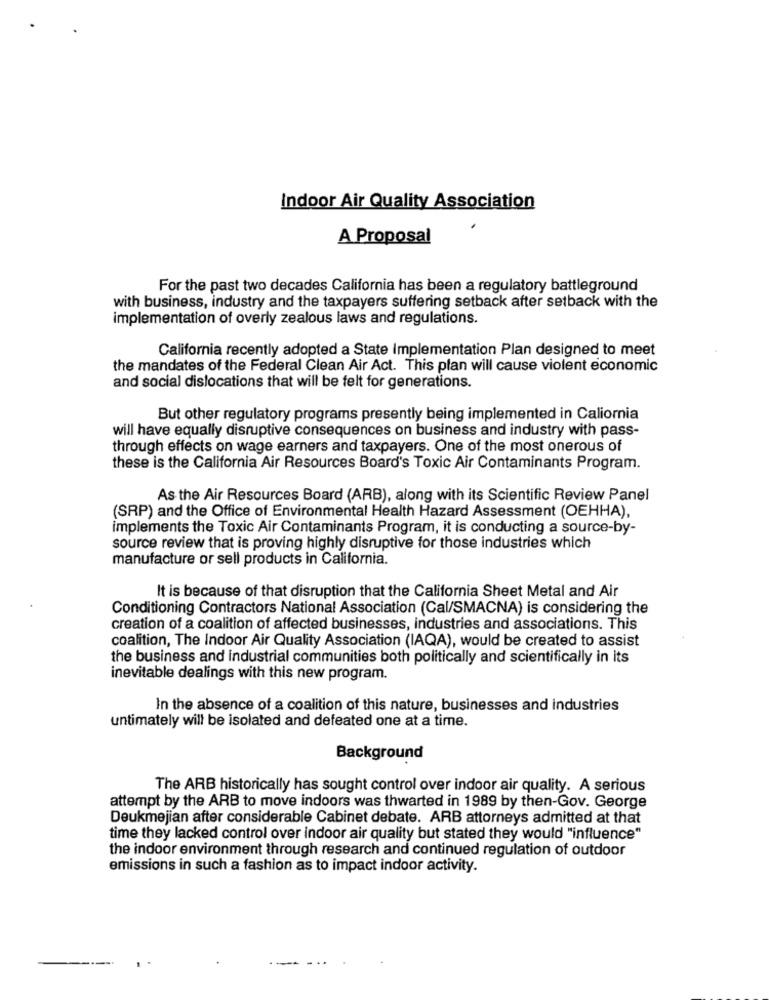
Indoor Air Quality Association
A Proposal
For the past two decades California has been a regulatory battleground
with business, industry and the taxpayers suffering setback after setback with the
implementation of overly zealous laws and regulations.
California recently adopted a State Implementation Plan designed to meet
the mandates of the Federal Clean Air Act. This plan will cause violent economic
and social dislocations that will be felt for generations.
But other regulatory programs presently being implemented in Caliornia
will have equally disruptive consequences on business and industry with pass-
through effects on wage earners and taxpayers. One of the most onerous of
these is the California Air Resources Board's Toxic Air Contaminants Program.
As the Air Resources Board (ARB), along with its Scientific Review Panel
(SRP) and the Office of Environmental Health Hazard Assessment (OEHHA),
implements the Toxic Air Contaminants Program, it is conducting a source-by-
source review that is proving highly disruptive for those industries which
manufacture or sell products in California.
It is because of that disruption that the California Sheet Metal and Air
Conditioning Contractors National Association (Cal/SMACNA) is considering the
creation of a coalition of affected businesses, industries and associations. This
coalition, The Indoor Air Quality Association (IAQA), would be created to assist
the business and industrial communities both politically and scientifically in its
inevitable dealings with this new program.
In the absence of a coalition of this nature, businesses and industries
untimately will be isolated and defeated one at a time.
Background
The ARB historically has sought control over indoor air quality. A serious
attempt by the ARB to move indoors was thwarted in 1989 by then-Gov. George
Deukmejian after considerable Cabinet debate. ARB attorneys admitted at that
time they lacked control over indoor air quality but stated they would "influence"
the indoor environment through research and continued regulation of outdoor
emissions in such a fashion as to impact indoor activity.